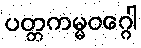
ပတ္တကမ္မဝဂ္ဂေါ